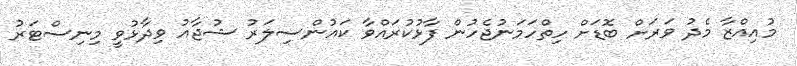
މުއިއްޒާ މެދު ވަރަށް ބޮޑަށް ހިތްހަމަނުޖެހުން ފާޅުކުރައްވާ ކައުންސިލަރު ޝުޖާއު ވިދާޅުވީ މިނިސްޓަރު